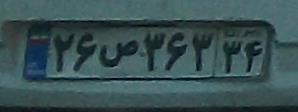
۲۶ص۳۶۳۳۴